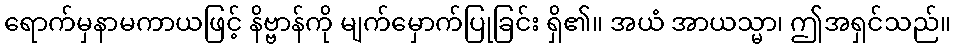
ရောက်မှနာမကာယဖြင့် နိဗ္ဗာန်ကို မျက်မှောက်ပြုခြင်း ရှိ၏။ အယံ အာယသ္မာ၊ ဤအရှင်သည်။